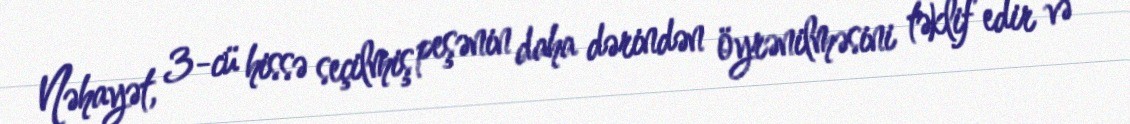
Nəhayət, 3-cü hissə seçilmiş peşənin daha dərindən öyrənilməsini təklif edir və